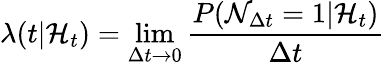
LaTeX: \lambda(t|\mathcal{H}_{t})=\operatorname*{lim}_{\Delta t\rightarrow 0}\frac{P(\mathcal{N}_{\Delta t}=1|\mathcal{H}_{t})}{\Delta t}